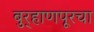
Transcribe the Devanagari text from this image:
बुर्‍हाणपूरचा